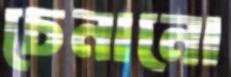
চেনানো